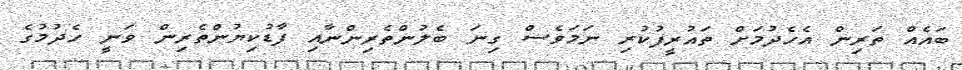
ބައެއް ތަރިން އެހެދުމަށް ތައުރީފުކުރި ނަމަވެސް ގިނަ ބެލުންތެރިންނާއި ފާޑުކިޔުންތެރިން ވަނީ ހެދުމުގެ